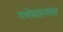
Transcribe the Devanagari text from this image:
गर्भपातापासून